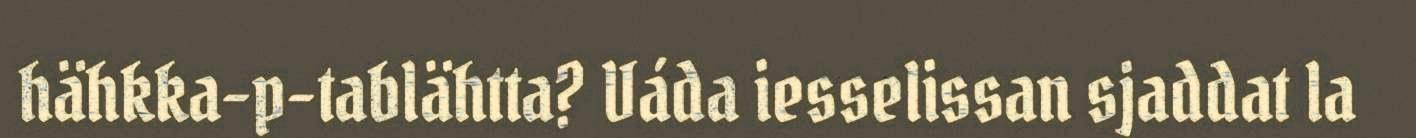
hähkka-p-tablähtta? Váda iesselissan sjaddat la